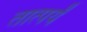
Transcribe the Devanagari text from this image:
तात्पर्यं